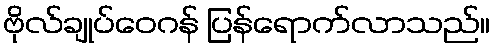
ဗိုလ်ချုပ်ဝေဂန် ပြန်ရောက်လာသည်။